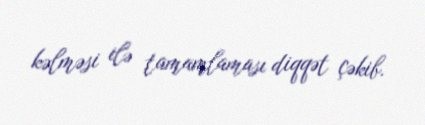
kəlməsi ilə tamamlaması diqqət çəkib.